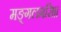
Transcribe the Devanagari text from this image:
मङ्गलमसि।।